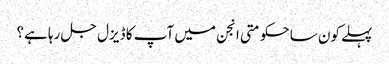
پہلے کون سا حکومتی انجن میں آپ کا ڈیزل جل رہا ہے؟